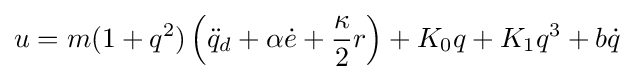
u=m(1+q^{2})\left({\ddot {q}}_{d}+\alpha {\dot {e}}+{\frac {\kappa }{2}}r\right)+K_{0}q+K_{1}q^{3}+b{\dot {q}}